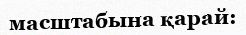
масштабына қарай: